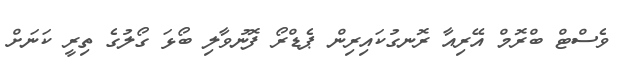
ވެސްޓް ބްރޮމް އޭރިއާ ރޮނގުކައިރިން ޕެޑްރޯ ފޮނުވާލި ބޯޅަ ގޯލުގެ ތިރީ ކަނަށް